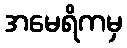
အမေရိကမှ